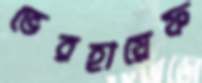
ভেরহায়েফ